Civil Veterinary Department. Madras. Admin. report 1926-33 - 1926-1933
Year: 1926
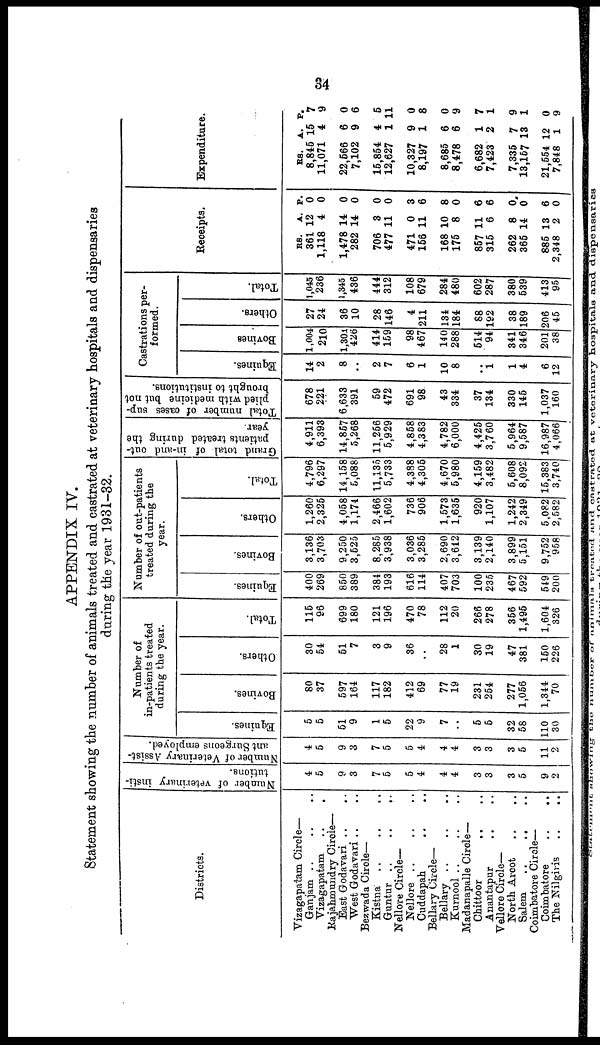
84
APPENDIX IV.
Statement showing the number of animals treated and castrated at veterinary hospitals and dispensaries
during the year 1931-32.
Districts.
Vizagapatam Circle—
Ganjam .. .. ..
Vizagapatam .. ..
Rajahmundry Circle—
East Godavari .. ..
West Godavari .. ..
Bezwada Circle—
Kistna .. .. ..
Guntur ..
..
..
Nellore Circle—
Nellore .. .. ..
Cuddapah .. ..
Bellary Circle—
Bellary .. .. ..
Kurnool .. .. ..
Madanapalle Circle—
Chittoor .. ..
Anantapur .. ..
Vellore Cirole—
North Arcot .. ..
Salem
..
.. ..
Coimbatore Circle—
Coimbatore
..
..
The Nilgivis ..
Number of veterinary insti-
tutions.
4
5
9
3
7
5
5
4
4
4
3
3
3
5
9
9
Number of Veterinary Assist-
ant Burgeons employed.
4
5
9
3
7
5
5
4
4
4
3
3
3
5
11
2
Number of
in-patients treated
during the year.
Equines.
5
5
51
9
1
5
22
9
7
..
5
5
32
58
110
30
Bovines.
80
37
597
164
117
182
412
69
77
19
231
254
277
1,056
1,344
70
Others.
30
54
51
7
3
9
36
28
1
30
19
47
381
150
226
Total.
115
96
699
180
121
196
470
78
112
20
266
278
356
1,495
1,604
326
Number of out-patients
treated during the
year.
Equines.
400
269
850
389
384
193
616
114
407
703
100
235
467
592
549
200
Bovines.
3,136
3,703
9,250
3,525
8,285
3,938
3,036
3,285
2,690
3,612
3,139
2,140
3,899
5,151
9,752
958
Others.
1,260
2,325
4,058
1,174
2,466
1,602
736
906
1,573
1,635
920
1,107
1,242
2,349
5,082
2,582
Total.
4,796
6,297
14,158
5,088
11,135
5,733
4,388
4,305
4,670
5,980
4,159
3,482
5,608
8,092
15,383
3,740
Grand total of in-and out-
patients treated during the
year.
4,911
6,393
14,857
5,268
11,256
5,929
4,858
4,383
4,782
6,000
4,425
3,760
5,964
9,587
16,987
4,066
Total number of cases sup-
plied with medicine but not
brought to institutions.
678
221
6,633
391
59
472
691
98
43
334
37
134
330
145
1,037
160
Castrations per-
formed.
Equines.
14
2
8
2
7
6
1
10
8
..
1
1
4
6
12
Bovines
1,004
210
1,301
426
414
159
98
467
140
288
514
94
341
346
201
38
Others.
27
24
36
10
28
146
4
211
134
184
88
192
38
189
206
45
Total.
1,045
236
1,345
436
444
312
108
679
284
480
602
287
380
539
413
95
Receipts.
RS.
361
1,118
1,478
282
706
477
471
156
168
175
857
315
262
365
885
2,348
A.
12
4
14
14
3
11
0
11
10
8
11
6
8
14
13
2
P.
0
0
0
0
0
0
3
6
8
0
6
6
0
0
6
0
Expenditure.
RS.
8,845
11,071
22,566
7,102
15,854
12,627
10,327
8,197
8,685
8,478
6,682
7,423
7,335
13,167
21,554
7,848
A.
15
4
6
9
4
1
9
1
6
6
1
2
7
13
12
1
P.
7
9
0
6
5
11
0
8
0
9
7
1
9
1
0
9